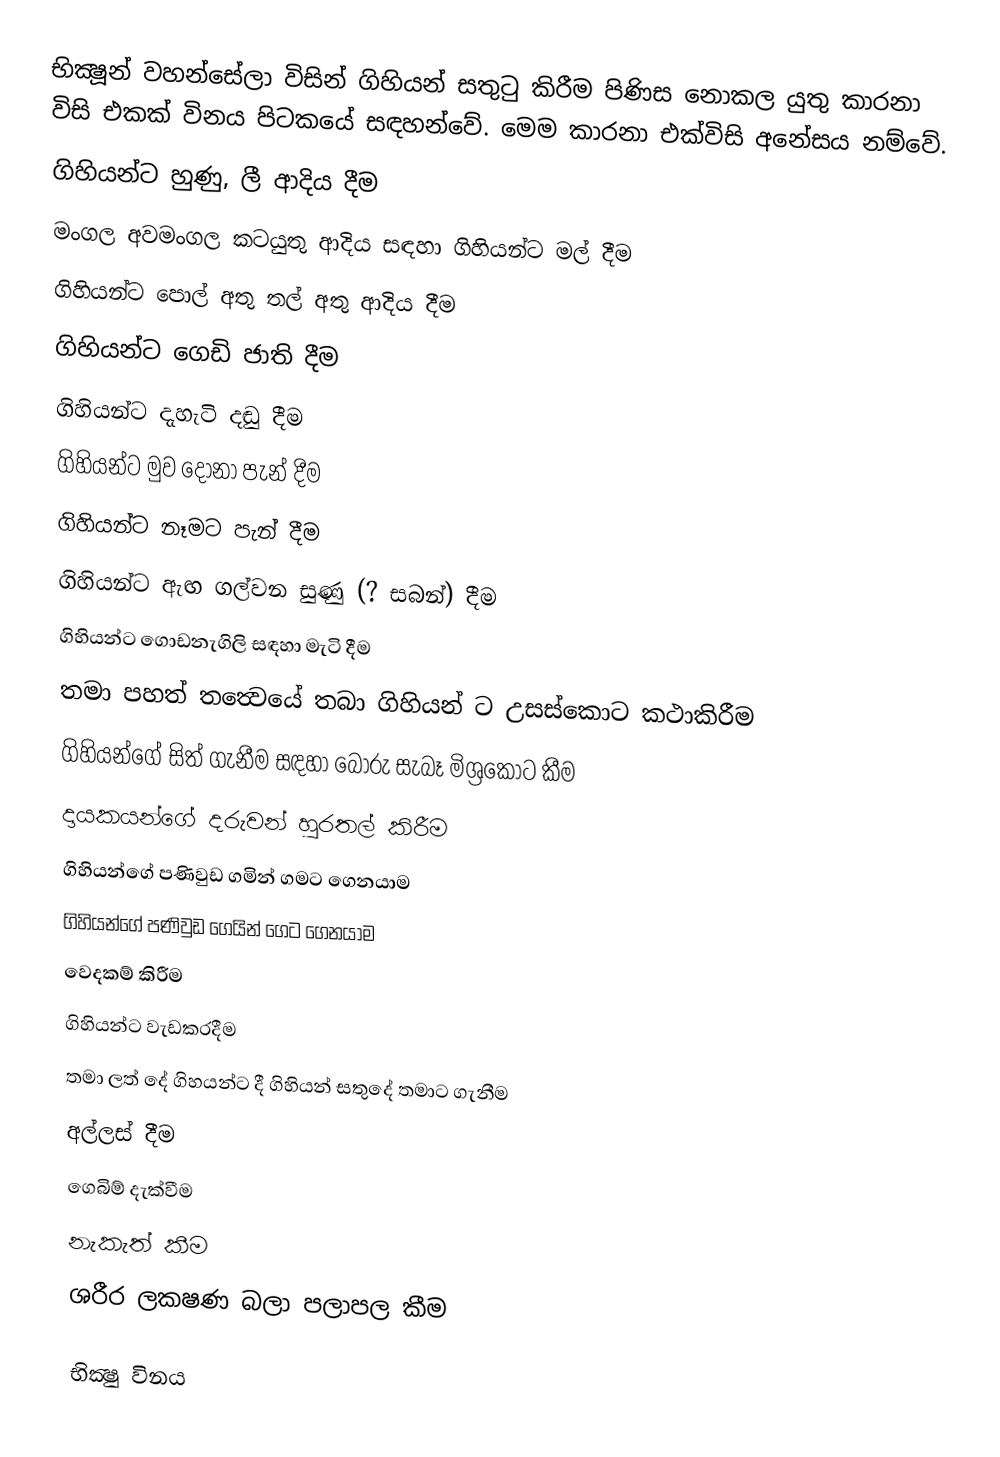
භික්‍ෂූන් වහන්සේලා විසින් ගිහියන් සතුටු කිරීම පිණිස නොකල යුතු කාරනා විසි එකක් විනය පිටකයේ සඳහන්වේ. මෙම කාරනා එක්විසි අනේසය නම්වේ.
 ගිහියන්ට හුණු, ලී ආදිය දීම
 මංගල අවමංගල කටයුතු ආදිය සඳහා ගිහියන්ට මල් දීම
 ගිහියන්ට පොල් අතු තල් අතු ආදිය දීම
 ගිහියන්ට ගෙඩි ජාති දීම
 ගිහියන්ට දැහැටි දඬු දීම
 ගිහියන්ට මුව දෝනා පැන් දීම
 ගිහියන්ට නෑමට පැන් දීම
 ගිහියන්ට ඇඟ ගල්වන සුණු (? සබන්) දීම
 ගිහියන්ට ගොඩනැගිලි සඳහා මැටි දීම
 තමා පහත් තත්‍වෙයේ තබා ගිහියන් ට උසස්කොට කථාකිරීම
 ගිහියන්ගේ සිත් ගැනීම සඳහා බොරු සැබෑ මිශ්‍රකොට කීම
 දායකයන්ගේ දරුවන් හුරතල් කිරීම
 ගිහියන්ගේ පණිවුඩ ගමින් ගමට ගෙනයාම
 ගිහියන්ගේ පණිවුඩ ගෙයින් ගෙට ගෙනයාම
 වෙදකම් කිරීම
 ගිහියන්ට වැඩකරදීම
 තමා ලත් දේ ගිහයන්ට දී ගිහියන් සතුදේ තමාට ගැනීම
 අල්ලස් දීම
 ගෙබිම් දැක්වීම
 නැකැත් කීම
 ශරීර ලකෂණ බලා පලාපල කීම

භික්‍ෂු විනය